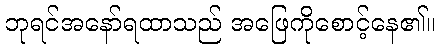
ဘုရင်အနော်ရထာသည် အဖြေကိုစောင့်နေ၏။